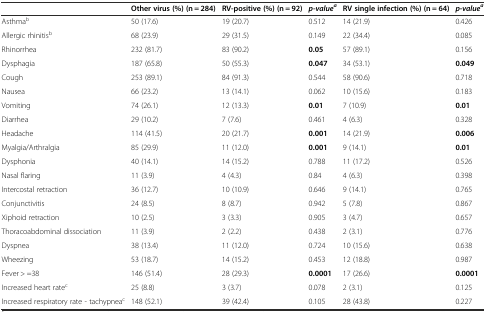
<table><thead><tr><td></td><td><b>Other virus (%) (n = 284)</b></td><td><b>RV-positive (%) (n = 92)</b></td><td><b><i>p-value</i><sup><i>a</i></sup></b></td><td><b>RV single infection (%) (n = 64)</b></td><td><b><i>p-value</i><sup><i>a</i></sup></b></td></tr></thead><tbody><tr><td>Asthma<sup>b</sup></td><td>50 (17.6)</td><td>19 (20.7)</td><td>0.512</td><td>14 (21.9)</td><td>0.426</td></tr><tr><td>Allergic rhinitis<sup>b</sup></td><td>68 (23.9)</td><td>29 (31.5)</td><td>0.149</td><td>22 (34.4)</td><td>0.085</td></tr><tr><td>Rhinorrhea</td><td>232 (81.7)</td><td>83 (90.2)</td><td><b>0.05</b></td><td>57 (89.1)</td><td>0.156</td></tr><tr><td>Dysphagia</td><td>187 (65.8)</td><td>50 (55.3)</td><td><b>0.047</b></td><td>34 (53.1)</td><td><b>0.049</b></td></tr><tr><td>Cough</td><td>253 (89.1)</td><td>84 (91.3)</td><td>0.544</td><td>58 (90.6)</td><td>0.718</td></tr><tr><td>Nausea</td><td>66 (23.2)</td><td>13 (14.1)</td><td>0.062</td><td>10 (15.6)</td><td>0.183</td></tr><tr><td>Vomiting</td><td>74 (26.1)</td><td>12 (13.3)</td><td><b>0.01</b></td><td>7 (10.9)</td><td><b>0.01</b></td></tr><tr><td>Diarrhea</td><td>29 (10.2)</td><td>7 (7.6)</td><td>0.461</td><td>4 (6.3)</td><td>0.328</td></tr><tr><td>Headache</td><td>114 (41.5)</td><td>20 (21.7)</td><td><b>0.001</b></td><td>14 (21.9)</td><td><b>0.006</b></td></tr><tr><td>Myalgia/Arthralgia</td><td>85 (29.9)</td><td>11 (12.0)</td><td><b>0.001</b></td><td>9 (14.1)</td><td><b>0.01</b></td></tr><tr><td>Dysphonia</td><td>40 (14.1)</td><td>14 (15.2)</td><td>0.788</td><td>11 (17.2)</td><td>0.526</td></tr><tr><td>Nasal flaring</td><td>11 (3.9)</td><td>4 (4.3)</td><td>0.84</td><td>4 (6.3)</td><td>0.398</td></tr><tr><td>Intercostal retraction</td><td>36 (12.7)</td><td>10 (10.9)</td><td>0.646</td><td>9 (14.1)</td><td>0.765</td></tr><tr><td>Conjunctivitis</td><td>24 (8.5)</td><td>8 (8.7)</td><td>0.942</td><td>5 (7.8)</td><td>0.867</td></tr><tr><td>Xiphoid retraction</td><td>10 (2.5)</td><td>3 (3.3)</td><td>0.905</td><td>3 (4.7)</td><td>0.657</td></tr><tr><td>Thoracoabdominal dissociation</td><td>11 (3.9)</td><td>2 (2.2)</td><td>0.438</td><td>2 (3.1)</td><td>0.776</td></tr><tr><td>Dyspnea</td><td>38 (13.4)</td><td>11 (12.0)</td><td>0.724</td><td>10 (15.6)</td><td>0.638</td></tr><tr><td>Wheezing</td><td>53 (18.7)</td><td>14 (15.2)</td><td>0.453</td><td>12 (18.8)</td><td>0.987</td></tr><tr><td>Fever &gt; =38</td><td>146 (51.4)</td><td>28 (29.3)</td><td><b>0.0001</b></td><td>17 (26.6)</td><td><b>0.0001</b></td></tr><tr><td>Increased heart rate<sup>c</sup></td><td>25 (8.8)</td><td>3 (3.7)</td><td>0.078</td><td>2 (3.1)</td><td>0.125</td></tr><tr><td>Increased respiratory rate - tachypnea<sup>c</sup></td><td>148 (52.1)</td><td>39 (42.4)</td><td>0.105</td><td>28 (43.8)</td><td>0.227</td></tr></tbody></table>